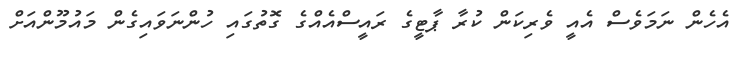
އެހެން ނަމަވެސް އެއީ ވެރިކަން ކުރާ ޕާޓީގެ ރައީސްއެއްގެ ގޮތުގައި ހުންނަވައިގެން މައުމޫންއަށް